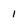
Character: 1